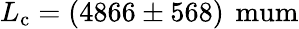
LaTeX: L_{\mathrm{c}}=(4866\pm 568)\, \mathrm{\ mum}